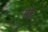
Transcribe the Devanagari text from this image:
पोह